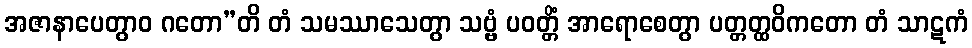
အဇာနာပေတွာဝ ဂတော”တိ တံ သမဿာသေတွာ သဗ္ဗံ ပဝတ္တိံ အာရောစေတွာ ပတ္တတ္ထဝိကတော တံ သာဋကံ